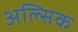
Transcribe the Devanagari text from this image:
अल्सिक